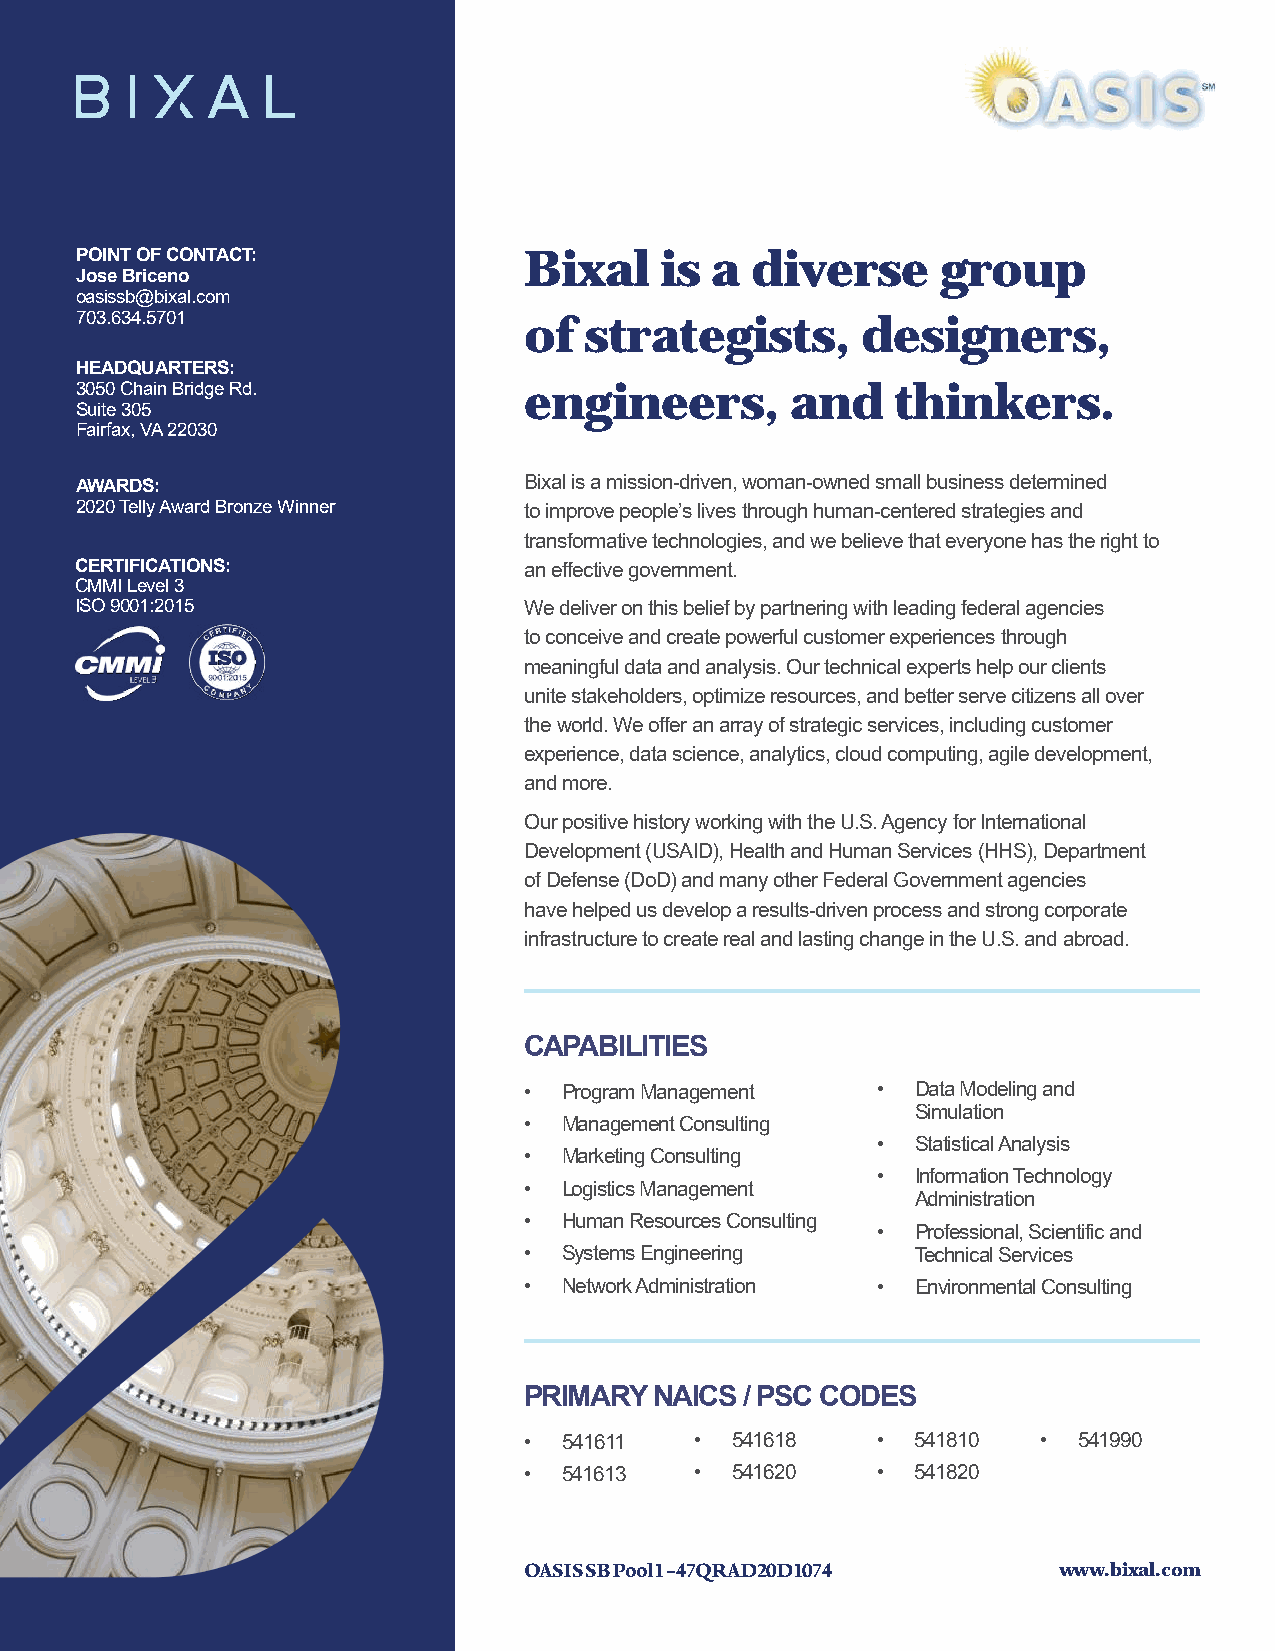
POINT OF CONTACT:             Bixal    is a  diverse     group
 Jose Briceno
 oasissb@bixal.com
 703.634.5701                  of  strategists,      designers,
 HEADQUARTERS:
 3050 Chain Bridge Rd.         engineers,       and    thinkers.
 Suite 305
 Fairfax, VA 22030
 AWARDS:                       Bixal is a mission-driven, woman-owned small business determined
 2020 Telly Award Bronze Winner to improve people’s lives through human-centered strategies and
 transformative technologies, and we believe that everyone has the right to
 CERTIFICATIONS:               an effective government.
 CMMI Level 3
 ISO 9001:2015                 We deliver on this belief by partnering with leading federal agencies
 to conceive and create powerful customer experiences through
 meaningful data and analysis. Our technical experts help our clients
 unite stakeholders, optimize resources, and better serve citizens all over
 the world. We offer an array of strategic services, including customer
 experience, data science, analytics, cloud computing, agile development,
 and more.
 Our positive history working with the U.S. Agency for International
 Development (USAID), Health and Human Services (HHS), Department
 of Defense (DoD) and many other Federal Government agencies
 have helped us develop a results-driven process and strong corporate
 www.bixal.com                 infrastructure to create real and lasting change in the U.S. and abroad.
 CAPABILITIES
 • Program Management   •  Data Modeling and
 Simulation
 • Management Consulting
 •  Statistical Analysis
 • Marketing Consulting
 •  Information Technology
 • Logistics Management
 Administration
 • Human Resources Consulting
 •  Professional, Scientific and
 • Systems Engineering     Technical Services
 • Network Administration • Environmental Consulting
 PRIMARY NAICS / PSC CODES
 • 541611   • 541618    •  541810  • 541990
 • 541613   • 541620    •  541820
 OASIS SB Pool 1 – 47QRAD20D1074    www.bixal.com